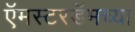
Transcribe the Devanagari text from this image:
ऍमस्टरडॅमच्या